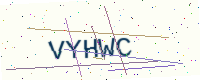
Text: VYHWC